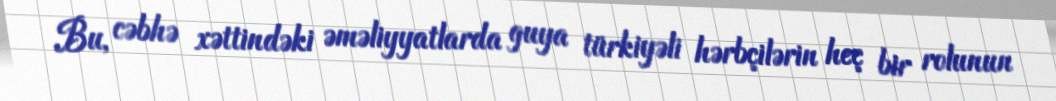
Bu, cəbhə xəttindəki əməliyyatlarda guya türkiyəli hərbçilərin heç bir rolunun